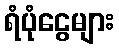
ရံပုံငွေများ